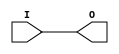
// $Header: /devl/xcs/repo/env/Databases/CAEInterfaces/verunilibs/data/unisims/IBUF_LVDCI_15.v,v 1.6 2007/05/23 21:43:35 patrickp Exp $
///////////////////////////////////////////////////////////////////////////////
// Copyright (c) 1995/2004 Xilinx, Inc.
// All Right Reserved.
///////////////////////////////////////////////////////////////////////////////
//   ____  ____
//  /   /\/   /
// /___/  \  /    Vendor : Xilinx
// \   \   \/     Version : 10.1
//  \   \         Description : Xilinx Functional Simulation Library Component
//  /   /                  Input Buffer with LVDCI_15 I/O Standard
// /___/   /\     Filename : IBUF_LVDCI_15.v
// \   \  /  \    Timestamp : Thu Mar 25 16:42:34 PST 2004
//  \___\/\___\
//
// Revision:
//    03/23/04 - Initial version.
//    05/23/07 - Changed timescale to 1 ps / 1 ps.

`timescale  1 ps / 1 ps


module IBUF_LVDCI_15 (O, I);

    output O;

    input  I;

	buf B1 (O, I);


endmodule